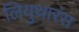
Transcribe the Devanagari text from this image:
लियुथारंस